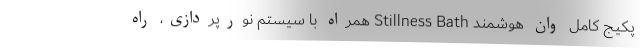
پکیج کامل وان هوشمند Stillness Bath همراه با سیستم نورپردازی، راه